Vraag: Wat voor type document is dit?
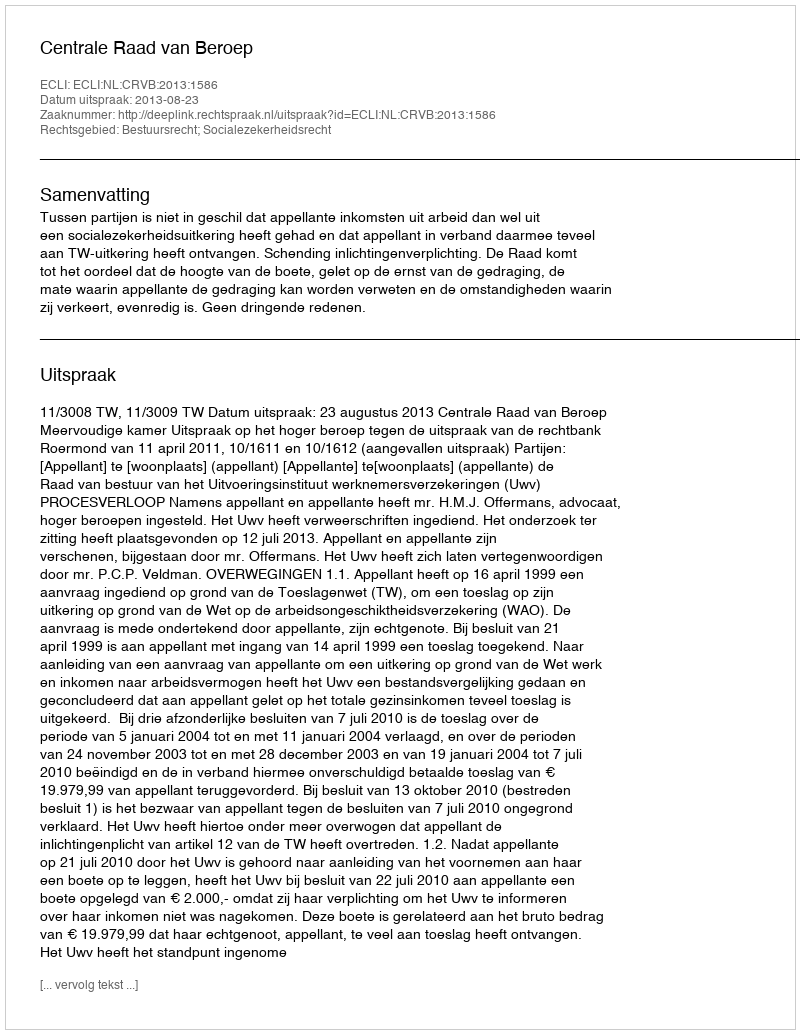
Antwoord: Uitspraak